Causation and prevention of malarial fevers: a statement of the results of researches drawn up for the use of assistant surgeons, hospital assistants and students
Disease focus: Malaria
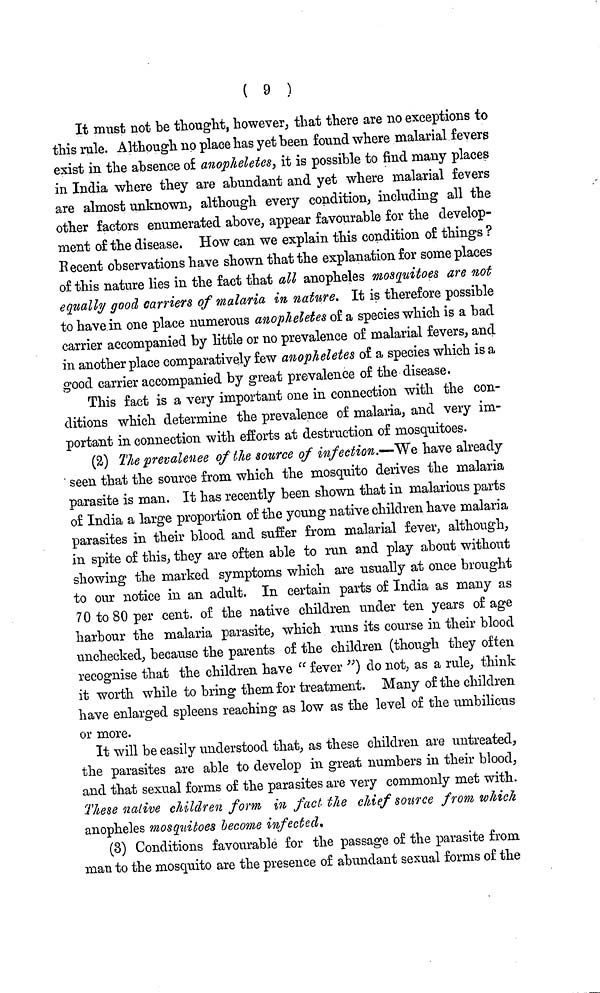
( 9 )
It must not be thought, however, that there are no exceptions to
this rule. Although no place has yet been found where malarial fevers
exist in the absence of anopheletes, it is possible to find many places
in India where they are abundant and yet where malarial fevers
are almost unknown, although every condition, including all the
other factors enumerated above, appear favourable for the develop-
ment of the disease. How can we explain this condition of things ?
Recent observations have shown that the explanation for some places
of this nature lies in the fact that all anopheles mosquitoes are not
equally good, carriers of malaria in, nature. It is therefore possible
to have in one place numerous anopheletes of a species which is a bad
carrier accompanied by little or no prevalence of malarial fevers, and
in another place comparatively few anopheletes of a species which is a
good carrier accompanied by great prevalence of the disease.
This fact is a very important one in connection with the con-
ditions which determine the prevalence of malaria, and very im-
portant in connection with efforts at destruction of mosquitoes.
(2) The prevalence of the source of infection.—We have already
' seen that the source from which the mosquito derives the malaria
parasite is man. It has recently been shown that in malarious parts
of India a large proportion of the young native children have malaria
parasites in their blood and suffer from malarial fever, although,
in spite of this, they are often able to run and play about without
showing the marked symptoms which are usually at once brought
to our notice in an adult. In certain parts of India as many as
70 to 80 per cent. of the native children under ten years of age
harbour the malaria parasite, which runs its course in their blood
unchecked, because the parents of the children (though they often
recognise that the children have " fever ") do not, as a rule, think
it worth while to bring them for treatment. Many of the children
have enlarged spleens reaching as low as the level of the umbilicus
or more.
It will be easily understood that, as these children are untreated,
the parasites are able to develop in great numbers in their blood,
and that sexual forms of the parasites are very commonly met with.
These native children form in fact the chief source from which
anopheles mosquitoes become infected.
(3) Conditions favourable for the passage of the parasite from
man to the mosquito are the presence of abundant sexual forms of the